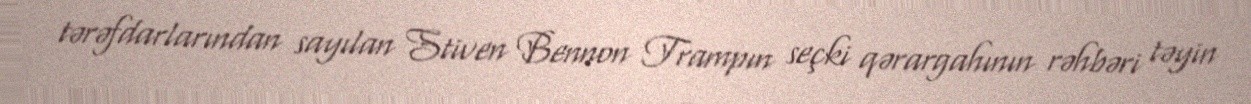
tərəfdarlarından sayılan Stiven Bennon Trampın seçki qərargahının rəhbəri təyin